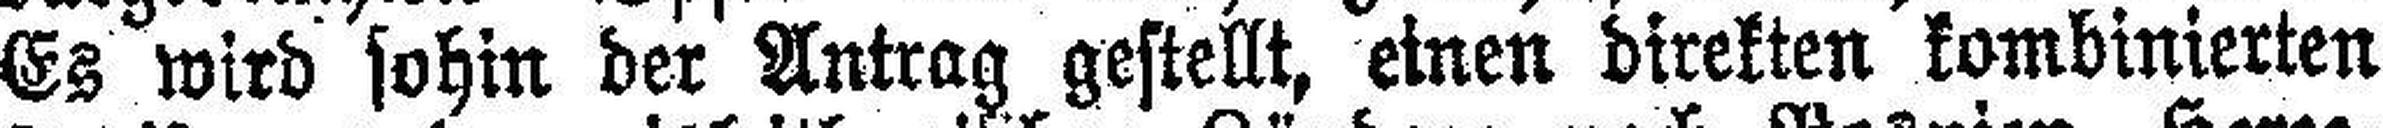
Es wird sohin der Antrag gestellt, einen direkten kombinierten